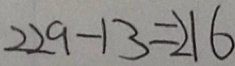
2 2 9 - 1 3 = 2 1 6